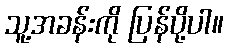
သူ့အခန်းကို ပြန်ပို့ပါ။